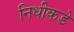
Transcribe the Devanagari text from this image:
निधीकडे